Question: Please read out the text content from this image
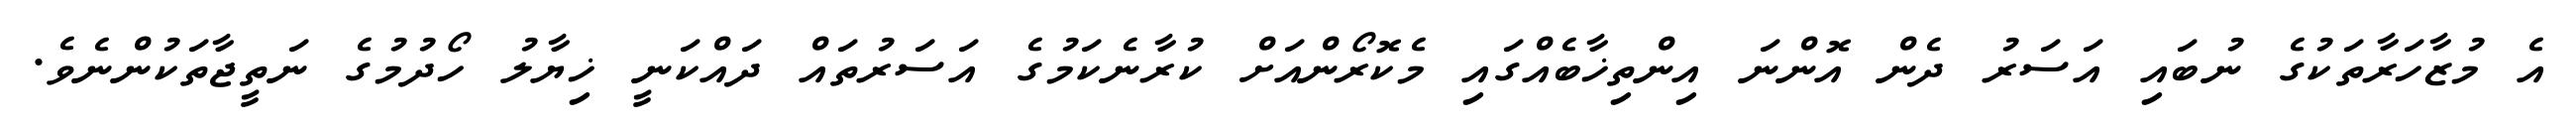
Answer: އެ މުޒާހަރާތަކުގެ ނުބައި އަސަރު ދެން އޮންނަ އިންތިޚާބެއްގައި މެކޮރޯންއަށް ކުރާނެކަމުގެ އަސަރުތައް ދައްކަނީ ޚިޔާލު ހޯދުމުގެ ނަތީޖާތަކުންނެވެ.